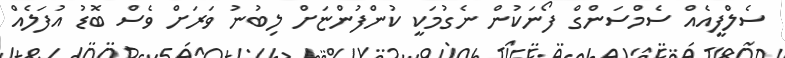
ސެލްފީއެއް ސެމްސަންގް ފޯނަކުން ނެގުމަކީ ކުންފުންޏަށް ލިބުނު ވަރަށް ވެސް ބޮޑު އުފަލެއް